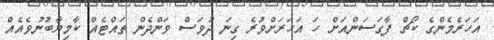
އަހަރެމެންގެ ކޯޗް ފާގަސަންއަށް ހަ އަހަރަށްވުރެ ގިނަ ދުވަސް ވަންދެން ތައްޓެއް ކާމިޔާބުނުވެއެއް